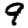
Digit: 9